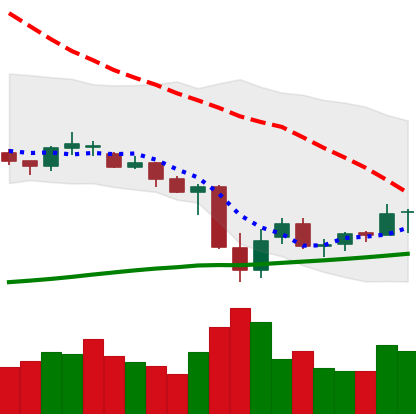
Ticker: XRP-USD
Chart end date: 2021-06-30
Forward return: -7.372%
Label: down_7plus